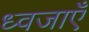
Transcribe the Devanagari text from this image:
ध्वजाएँ